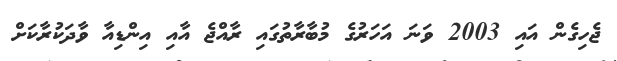
ޖެހިގެން އައި 2003 ވަނަ އަހަރުގެ މުބާރާތުގައި ރާއްޖެ އާއި އިންޑިއާ ވާދަކުރާކަށް